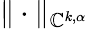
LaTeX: \| \cdot\| _{\mathbb{C}^{k,\alpha}}